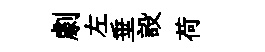
劇左垂設荷